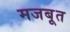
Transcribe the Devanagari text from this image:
मजबूूत